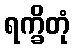
ရက္ခိတုံ